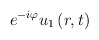
\begin{align*}e^{-i\varphi }u_{1}\left( r,t\right) \\ \end{align*}